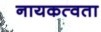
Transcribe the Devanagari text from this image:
नायकत्वता